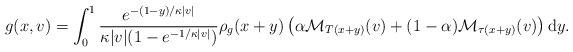
LaTeX: \begin{align*} g(x,v) &= \int_0^1 \frac{ e^{ -(1-y)/ \kappa |v|} }{ \kappa |v| (1-e^{-1/\kappa |v|}) }\rho_g (x+y) \left( \alpha\mathcal{M}_{T(x+y)}(v) + (1-\alpha) \mathcal{M}_{\tau(x+y)}(v) \right) \mathrm{d}y.\end{align*}